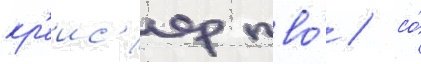
кр'еис'ер пво́ / со́